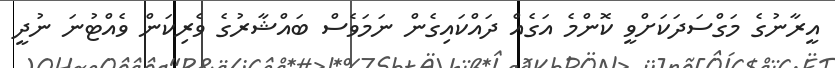
އީރާނުގެ މަގްސަދަކަށްވީ ކޮންމެ އަގެއް ދައްކައިގެން ނަމަވެސް ބައްޝާރުގެ ވެރިކަން ވެއްޓުނަ ނުދީ